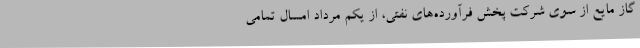
گاز مایع از سوی شرکت پخش فرآورده‌های نفتی، از یکم مرداد امسال تمامی